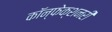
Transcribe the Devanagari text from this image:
कॉन्फेक्शनरी